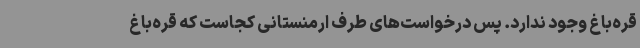
قره‌باغ وجود ندارد. پس درخواست‌های طرف ارمنستانی کجاست که قره‌باغ